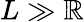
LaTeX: L\gg\mathbb{R}